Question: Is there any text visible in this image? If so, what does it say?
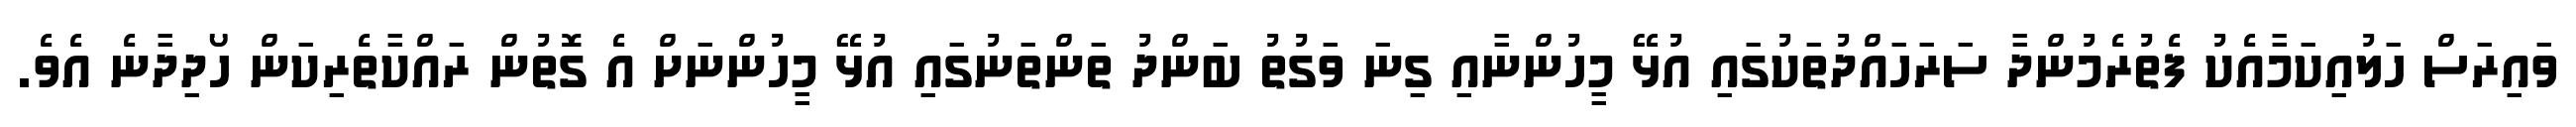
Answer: ވައިރަސް ހަލުއިކަމާއެކު ފެތުރެމުންދާ ސަރަހައްދުތަކުގައި އުޅޭ މީހުންނާއި ގިނަ ވަގުތު ބަންދު ތަންތަނުގައި އުޅޭ މީހުންނަށް އެ ގޮތުން ރައްކާތެރިކަން ހޯދިދާނެ އެވެ.